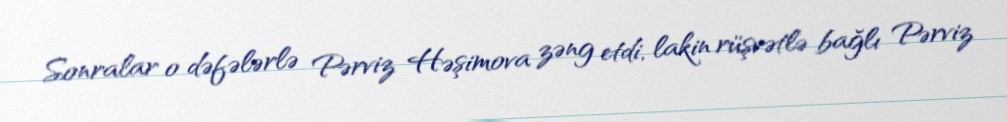
Sonralar o dəfələrlə Pərviz Həşimova zəng etdi, lakin rüşvətlə bağlı Pərviz